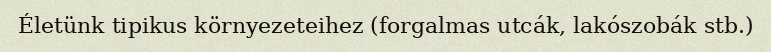
Életünk tipikus környezeteihez (forgalmas utcák, lakószobák stb.)